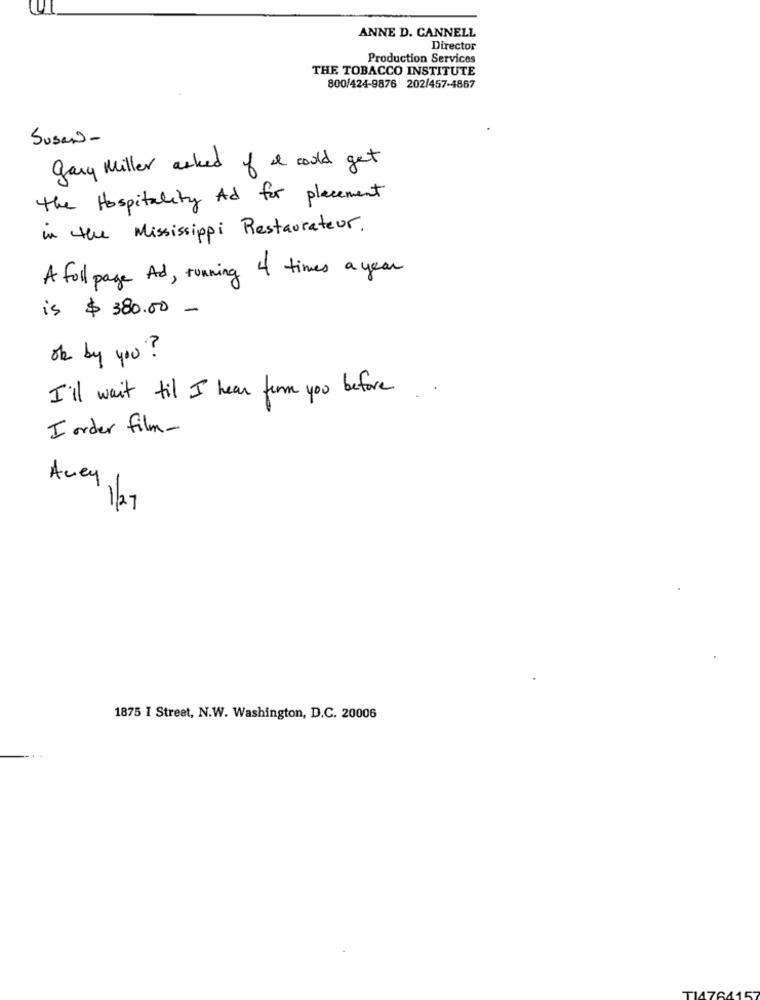
ANNE D. CANNELL
Director
Production Services
THE TOBACCO INSTITUTE
800/424-9876 202/457-4867
Susan-
gary Miller asked of i could get
the Hospitality And for placement
in the Mississippi Restaurateur.
A full page Ad , running of times a year
is $ 380.00 -
of by you?
I'll wait til I hear from you before . .
I order film-
Aney
1/27
1875 1 Street, N.W. Washington, D.C. 20006
TI764157